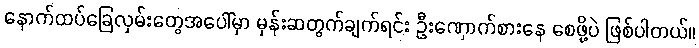
နောက်ထပ်ခြေလှမ်းတွေအပေါ်မှာ မှန်းဆတွက်ချက်ရင်း ဦးဏှောက်စားနေ စေဖို့ပဲ ဖြစ်ပါတယ်။